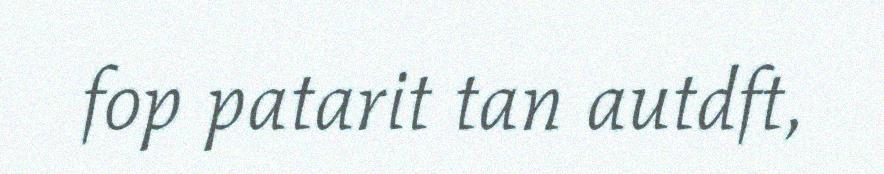
fop patarit tan autdft,